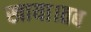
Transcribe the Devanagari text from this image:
खाया।तब